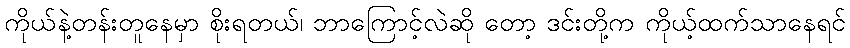
ကိုယ်နဲ့တန်းတူနေမှာ စိုးရတယ်၊ ဘာကြောင့်လဲဆို တော့ ဒင်းတို့က ကိုယ့်ထက်သာနေရင်